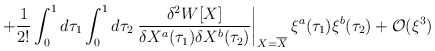
\begin{align*}+ \frac {1}{2!}\int^1_0 d\tau_1 \int_0^1 d\tau_2\left. \frac{\delta^2 W[X]}{\delta X^a(\tau_1) \delta X^b(\tau_2)}\right|_{X=\overline{X}} \xi^a(\tau_1) \xi^b(\tau_2) + {\cal O}(\xi^3)\end{align*}